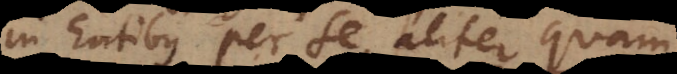
in Entibus per se, aliter quam